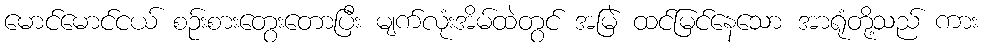
မောင်မောင်ငယ် စဉ်းစားတွေးတောပြီး မျက်လုံးအိမ်ထဲတွင် အမြဲ ထင်မြင်နေသော အာရုံတို့သည် ကား